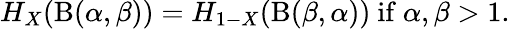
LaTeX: H_{X}(\mathrm{B}(\alpha,\beta))=H_{1-X}(\mathrm{B}(\beta,\alpha)){\mathrm{~if~}}\alpha,\beta>1.